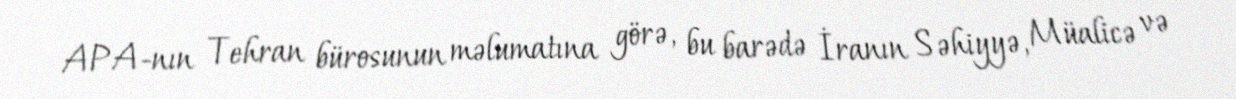
APA-nın Tehran bürosunun məlumatına görə, bu barədə İranın Səhiyyə, Müalicə və